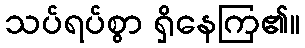
သပ်ရပ်စွာ ရှိနေကြ၏။